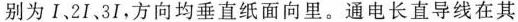
别为I、2I、3I，方向均垂直纸面向里。通电长直导线在其